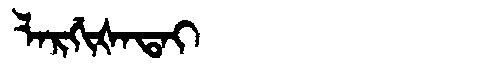
Manchu: ᠯᠠᡵᡤᡳᡧᠠᡨᠠᡳ
Romanization: LARGIŠATAI